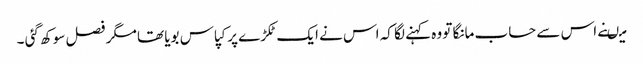
میںنے اس سے حساب مانگا تو وہ کہنے لگا کہ اس نے ایک ٹکڑے پر کپاس بویا تھا مگر فصل سوکھ گئی ۔